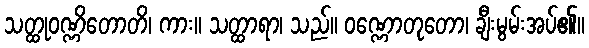
သတ္ထုဝဏ္ဏိတောတိ၊ ကား။ သတ္ထာရာ၊ သည်။ ဝဏ္ဏောတုတော၊ ချီးမွမ်းအပ်၏။